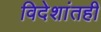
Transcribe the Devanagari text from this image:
विदेशांतही